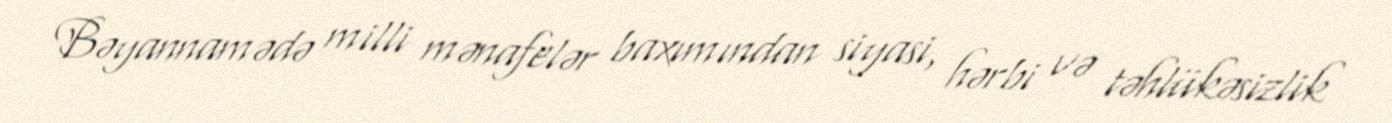
Bəyannamədə milli mənafelər baxımından siyasi, hərbi və təhlükəsizlik